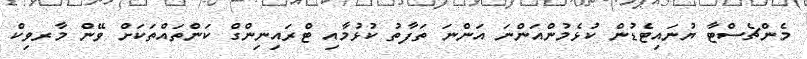
މެންޗެސްޓާ ޔުނައިޓެޑުން ކުޅެމުންއަންނަ އަންނަ ތަފާތު ކުޅުމާއި ޓްރައިނިންގް ކަންތައްތަކަށް ވޭން މާރވިކް